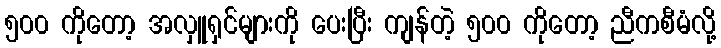
၅၀၀ ကိုတော့ အလှူရှင်များကို ပေးပြီး ကျန်တဲ့ ၅၀၀ ကိုတော့ ညီကစီမံလို့